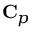
\mathbf { C } _ { p }